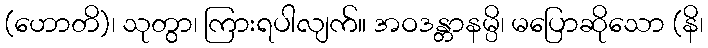
(ဟောတိ)၊ သုတွာ၊ ကြားရပါလျက်။ အဝဒန္တာနမ္ပိ၊ မပြောဆိုသော (နိ၊